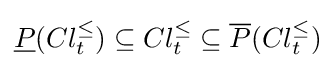
{\underline {P}}(Cl_{t}^{\leq })\subseteq Cl_{t}^{\leq }\subseteq {\overline {P}}(Cl_{t}^{\leq })